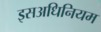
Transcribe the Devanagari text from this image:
इसअधिनियम